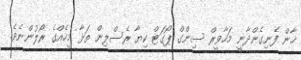
ޚާން ފެނިގެންދާނީ މަހާވީރް ސިންގް ޕޯގަޓް ކިޔާ ރެސްލިން ތަޅާ މީހެއްގެ ރޯލުންނެވެ.